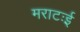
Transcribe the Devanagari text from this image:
मराटःई